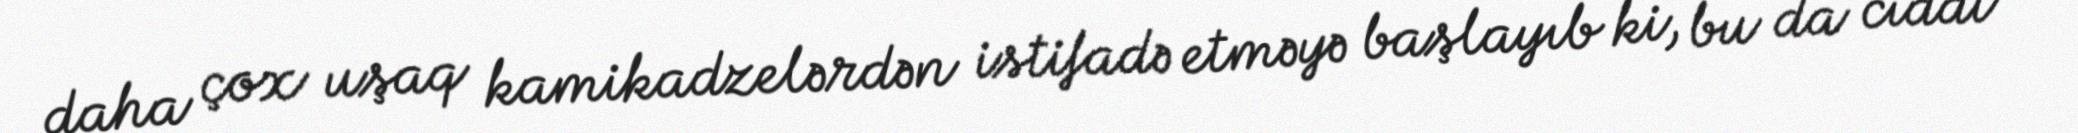
daha çox uşaq kamikadzelərdən istifadə etməyə başlayıb ki, bu da ciddi